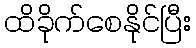
ထိခိုက်စေနိုင်ပြီး